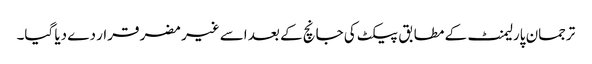
ترجمان پارلیمنٹ کے مطابق پیکٹ کی جانچ کے بعد اسے غیر مضر قرار دے دیا گیا۔